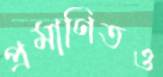
প্রমাণিতও